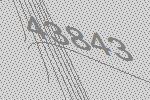
43843